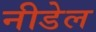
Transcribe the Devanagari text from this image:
नीडेल